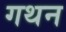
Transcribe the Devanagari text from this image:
गथन